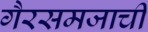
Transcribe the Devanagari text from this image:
गैरसमजाची